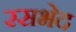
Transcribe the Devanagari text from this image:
रसभेद